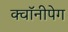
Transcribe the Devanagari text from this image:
क्वॉनीपेग